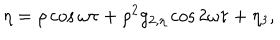
\eta = \rho \cos \omega \tau + \rho ^ { 2 } g _ { 2 , \eta } \cos 2 \omega \tau + \eta _ { 3 } ,